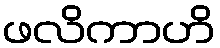
ဖလိကာဟိ